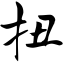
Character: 扭